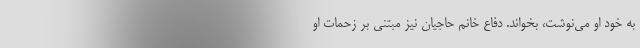
به خود او می‌‌نوشت، بخواند. دفاع خانم حاجیان نیز مبتنی بر زحمات او